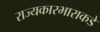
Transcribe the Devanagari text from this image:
राज्यकारभाराकडे